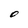
Character: O